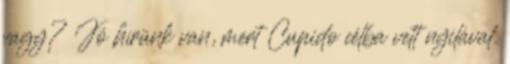
vagy? Jó hírünk van, mert Cupido célba vett nyilával.